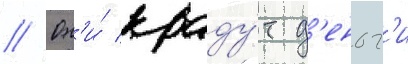
// Он'и́ краду́т д'еньг'и